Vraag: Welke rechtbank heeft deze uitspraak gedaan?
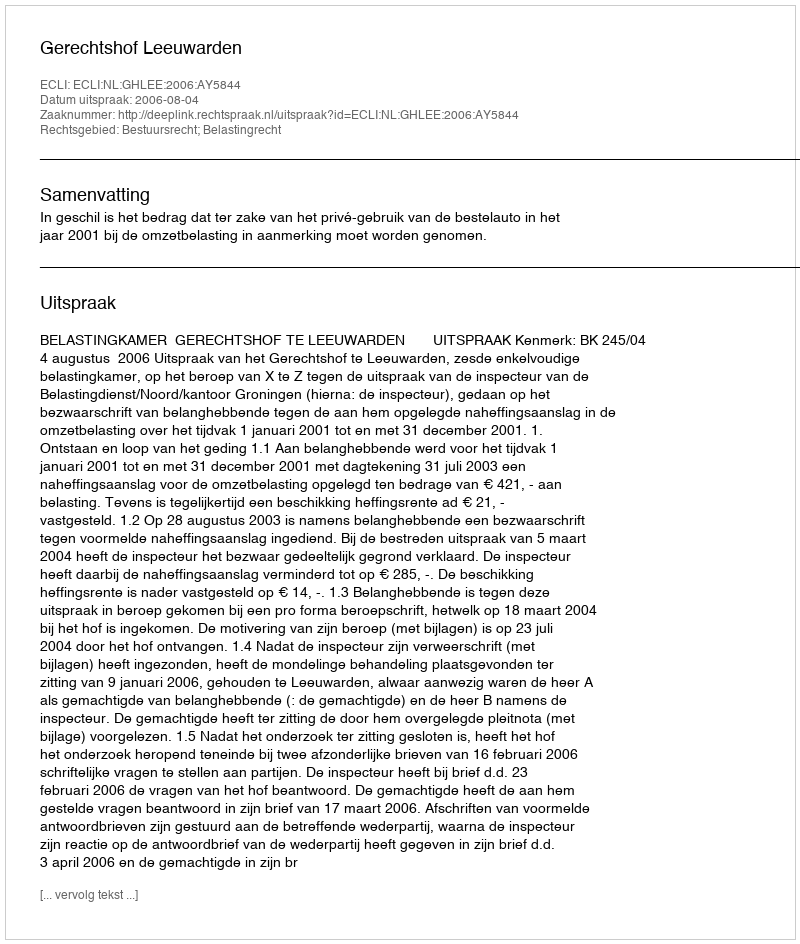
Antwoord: Gerechtshof Leeuwarden